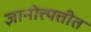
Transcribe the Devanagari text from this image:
ज्ञानोत्त्पत्तीत